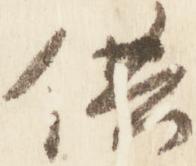
供